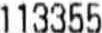
113355